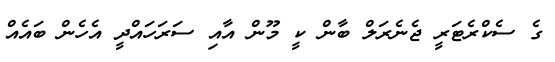
ގެ ސެކްރެޓަރީ ޖެނެރަލް ބާން ކީ މޫން އާއި ސަރަހައްދީ އެހެން ބައެއް